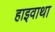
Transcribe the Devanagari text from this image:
हाइवाथा